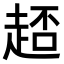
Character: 𧻳